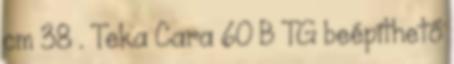
cm 38 . Teka Cara 60 B TG beépíthető